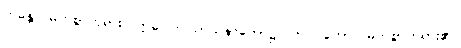
ဘန္တေ၊ မြတ်စွာဘုရား။ ဣဓ၊ ဤသာသနာတော်၌။ ဘဂဝတော၊ မြတ်စွာဘုရား၏။